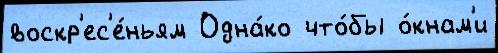
воскр'ес'е́ньям Одна́ко что́бы о́кнам'и